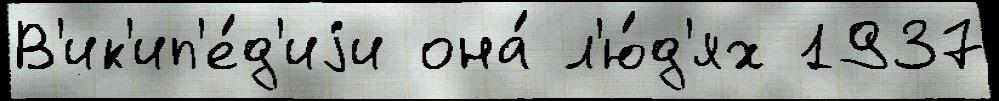
В'ик'ип'е́д'иjи она́ л'ю́д'ях 1937